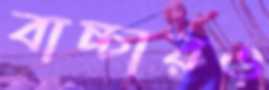
বাচ্চারও